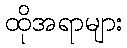
ထိုအရာများ